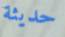
حديثة